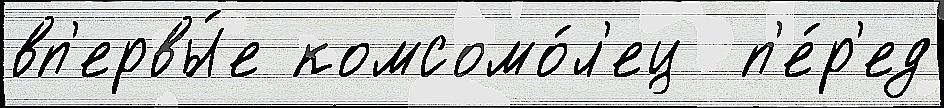
вп'ервы́е комсомо́л'ец  п'е́р'ед